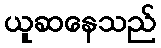
ယူဆနေသည်